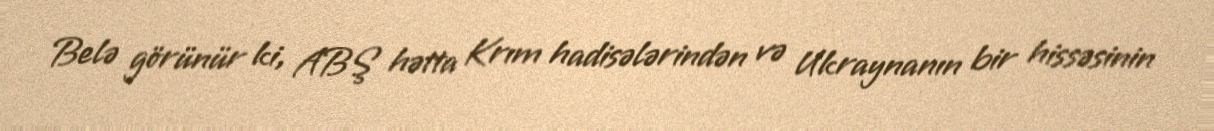
Belə görünür ki, ABŞ hətta Krım hadisələrindən və Ukraynanın bir hissəsinin